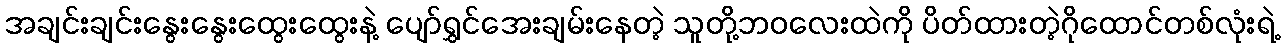
အချင်းချင်းနွေးနွေးထွေးထွေးနဲ့ ပျော်ရွှင်အေးချမ်းနေတဲ့ သူတို့ဘဝလေးထဲကို ပိတ်ထားတဲ့ဂိုထောင်တစ်လုံးရဲ့